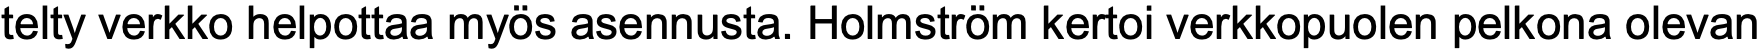
telty verkko helpottaa myös asennusta. Holmström kertoi verkkopuolen pelkona olevan